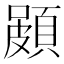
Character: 𮨐